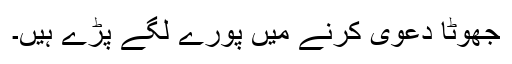
جھوٹا دعویٰ کرنے میں پورے لگے پڑے ہیں۔